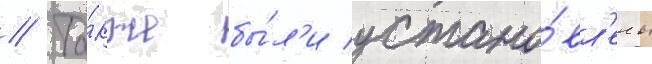
// Та́кже бы́л'и устано́вл'ены